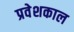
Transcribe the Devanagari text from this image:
प्रवेशकाल